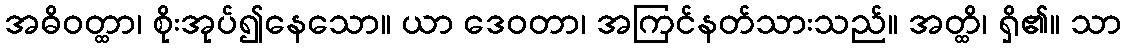
အဓိဝတ္ထာ၊ စိုးအုပ်၍နေသော။ ယာ ဒေဝတာ၊ အကြင်နတ်သားသည်။ အတ္ထိ၊ ရှိ၏။ သာ